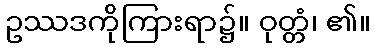
ဥဿဒကိုကြားရာ၌။ ဝုတ္တံ၊ ၏။